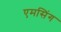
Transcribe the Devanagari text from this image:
एमसिंग